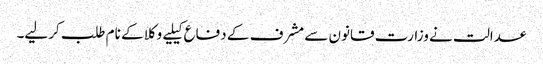
عدالت نے وزارت قانون سے مشرف کے دفاع کیلیے وکلا کے نام طلب کرلیے۔